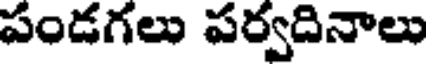
పండగలు పర్వదినాలు